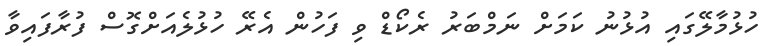
ހުޅުމާލޭގައި އުޅުނު ކަމަށް ނަމްބަރު ރެކޯޑް ވި ފަހުން އެރޭ ހުޅުލެއަށްގޮސް ފުރާފައިވާ